Annual report on the Civil Veterinary Department, Burma (including the Insein Veterinary School) - 1923-1931
Year: 1923
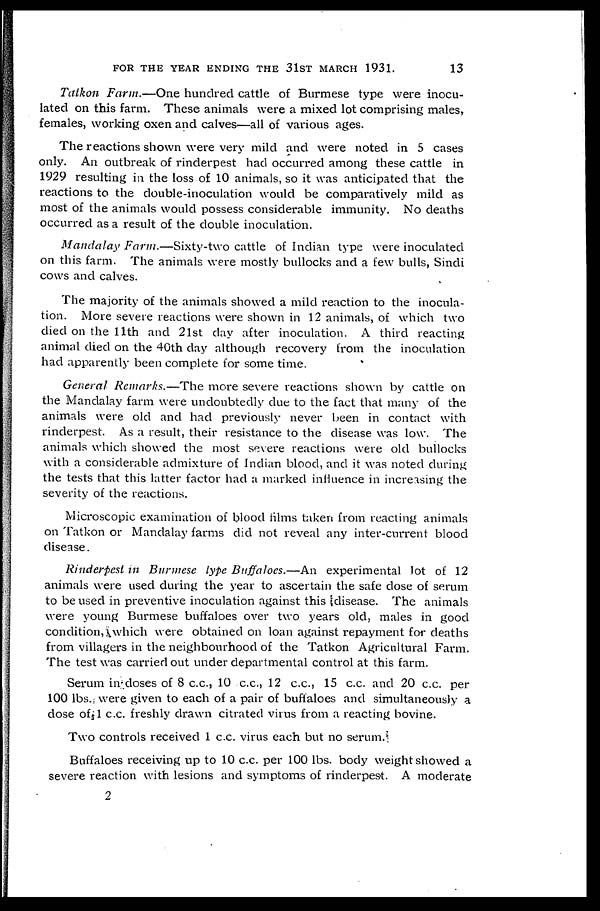
FOR THE YEAR ENDING THE 31ST MARCH 1931. 13
Tatkon Farm.—One hundred cattle of Burmese type were inocu-
lated on this farm. These animals were a mixed lot comprising males,
females, working oxen and calves—all of various ages.
The reactions shown were very mild and were noted in 5 cases
only. An outbreak of rinderpest had occurred among these cattle in
1929 resulting in the loss of 10 animals, so it was anticipated that the
reactions to the double-inoculation would be comparatively mild as
most of the animals would possess considerable immunity. No deaths
occurred as a result of the double inoculation.
Mandalay Farm.—Sixty-two
cattle of Indian type were inoculated
on this farm. The animals were mostly bullocks and a few bulls, Sindi
cows and calves.
The majority of the animals showed a mild reaction to the inocula-
tion. More severe reactions were shown in 12 animals, of which two
died on the 11th and 21st clay after inoculation. A third reacting
animal died on the 40th day although recovery from the inoculation
had apparently been complete for some time.
General Remarks.—The
more severe reactions shown by cattle on
the Mandalay farm were undoubtedly due to the fact that many of the
animals were old and had previously never been in contact with
rinderpest. As a result, their resistance to the disease was low. The
animals which showed the most severe reactions were old bullocks
with a considerable admixture of Indian blood, and it was noted during
the tests that this latter factor had a marked influence in increasing the
severity of the reactions.
Microscopic examination of blood films taken from reacting animals
on Tatkon or Mandalay farms did not reveal any inter-current blood
disease.
Rinderpest in Burmese type Buffaloes.—An
experimental lot of 12
animals were used during the year to ascertain the safe dose of serum
to be used in preventive inoculation against this disease. The animals
were young Burmese buffaloes over two years old, males in good
condition, which were obtained on loan against repayment for deaths
from villagers in the neighbourhood of the Tatkon Agricultural Farm.
The test was carried out under departmental control at this farm.
Serum in doses of 8 c.c., 10 c.c., 12 c.c., 15 c.c. and 20 c.c. per
100 lbs. were given to each of a pair of buffaloes and simultaneously a
dose of 1 c.c. freshly drawn citrated virus from a reacting bovine.
Two controls received 1 c.c. virus each but no serum.
Buffaloes receiving up to 10 c.c. per 100 lbs. body weight showed a
severe reaction with lesions and symptoms of rinderpest. A moderate
2